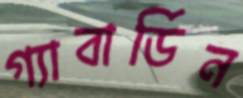
গ্যাবার্ডিন